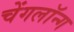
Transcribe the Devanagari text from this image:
चेंगलॉन्ग